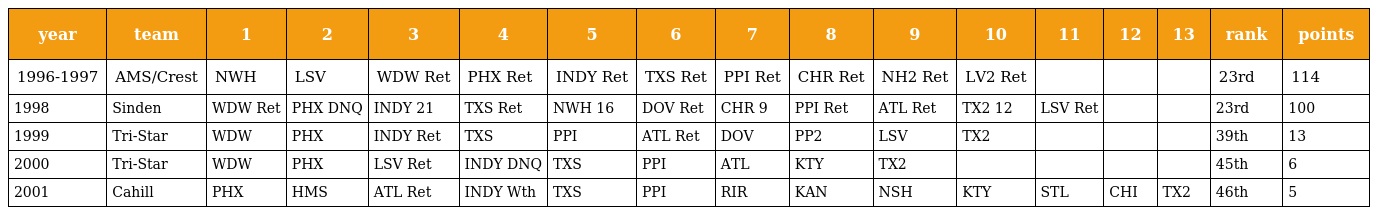
| year | team | 1 | 2 | 3 | 4 | 5 | 6 | 7 | 8 | 9 | 10 | 11 | 12 | 13 | rank | points |
 | --- | --- | --- | --- | --- | --- | --- | --- | --- | --- | --- | --- | --- | --- | --- | --- | --- |
 | 1996-1997 | AMS/Crest | NWH | LSV | WDW Ret | PHX Ret | INDY Ret | TXS Ret | PPI Ret | CHR Ret | NH2 Ret | LV2 Ret |  |  |  | 23rd | 114 |
 | 1998 | Sinden | WDW Ret | PHX DNQ | INDY 21 | TXS Ret | NWH 16 | DOV Ret | CHR 9 | PPI Ret | ATL Ret | TX2 12 | LSV Ret |  |  | 23rd | 100 |
 | 1999 | Tri-Star | WDW | PHX | INDY Ret | TXS | PPI | ATL Ret | DOV | PP2 | LSV | TX2 |  |  |  | 39th | 13 |
 | 2000 | Tri-Star | WDW | PHX | LSV Ret | INDY DNQ | TXS | PPI | ATL | KTY | TX2 |  |  |  |  | 45th | 6 |
 | 2001 | Cahill | PHX | HMS | ATL Ret | INDY Wth | TXS | PPI | RIR | KAN | NSH | KTY | STL | CHI | TX2 | 46th | 5 |